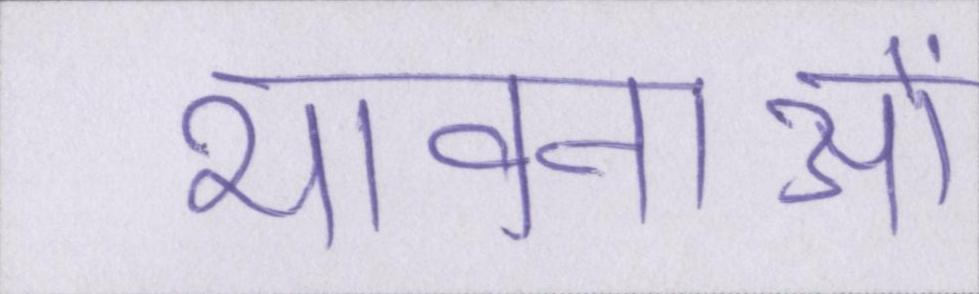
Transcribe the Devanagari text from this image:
भावनाओं